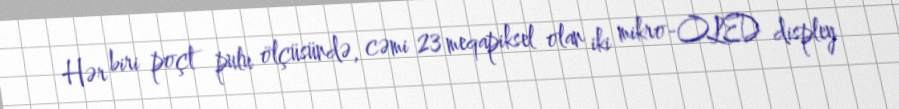
Hər biri poçt pulu ölçüsündə, cəmi 23 meqapiksel olan iki mikro-OLED displey